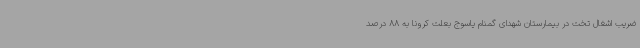
ضریب اشغال تخت در بیمارستان شهدای گمنام یاسوج بعلت کرونا به 88 درصد